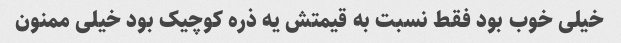
خیلی خوب بود فقط نسبت به قیمتش یه ذره کوچیک بود خیلی ممنون